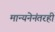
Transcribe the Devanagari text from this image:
मान्यनेनंतरही